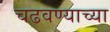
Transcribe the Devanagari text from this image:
चढवण्याच्या